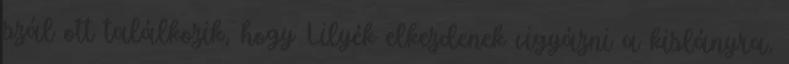
szál ott találkozik, hogy Lilyék elkezdenek vigyázni a kislányra,